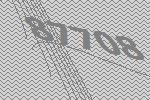
87708